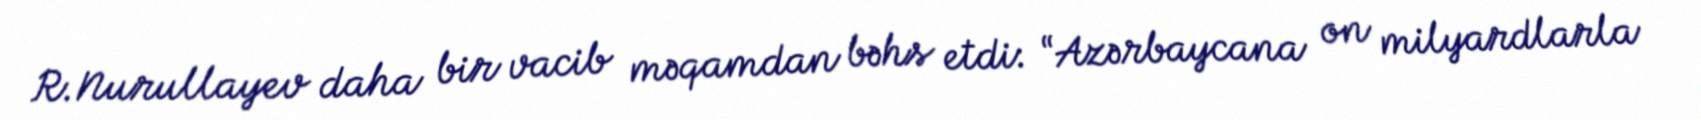
R.Nurullayev daha bir vacib məqamdan bəhs etdi: “Azərbaycana on milyardlarla